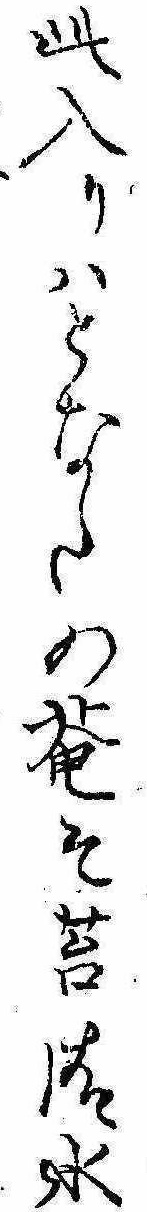
此入りはとなたの庵そ苔清水